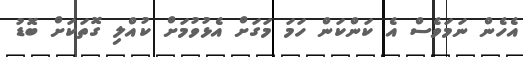
އެހެން ނަމަވެސް އެ ކަންކަން ހަމަ މަގަށް އެޅުވުމަށް ކުއްލި ގޮތަކަށް ބޮޑު